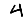
Digit: 4